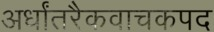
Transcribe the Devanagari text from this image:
अर्धांतरैकवाचकपद